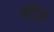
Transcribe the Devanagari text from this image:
लौंज